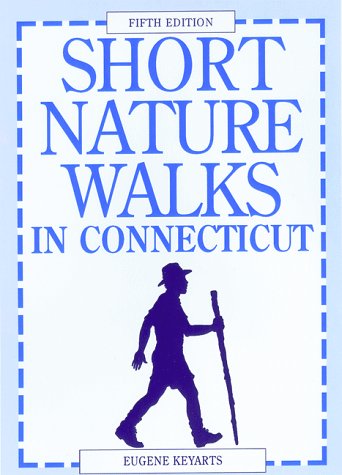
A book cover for Short Nature Walks in Connecticut (5th ed); Eugene Keyarts; Travel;